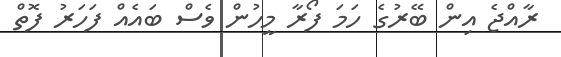
ރާއްޖެ އިން ބޭރުގެ ހަމަ ފޯރާ މީހުން ވެސް ބައެއް ފަހަރު ފޮތް